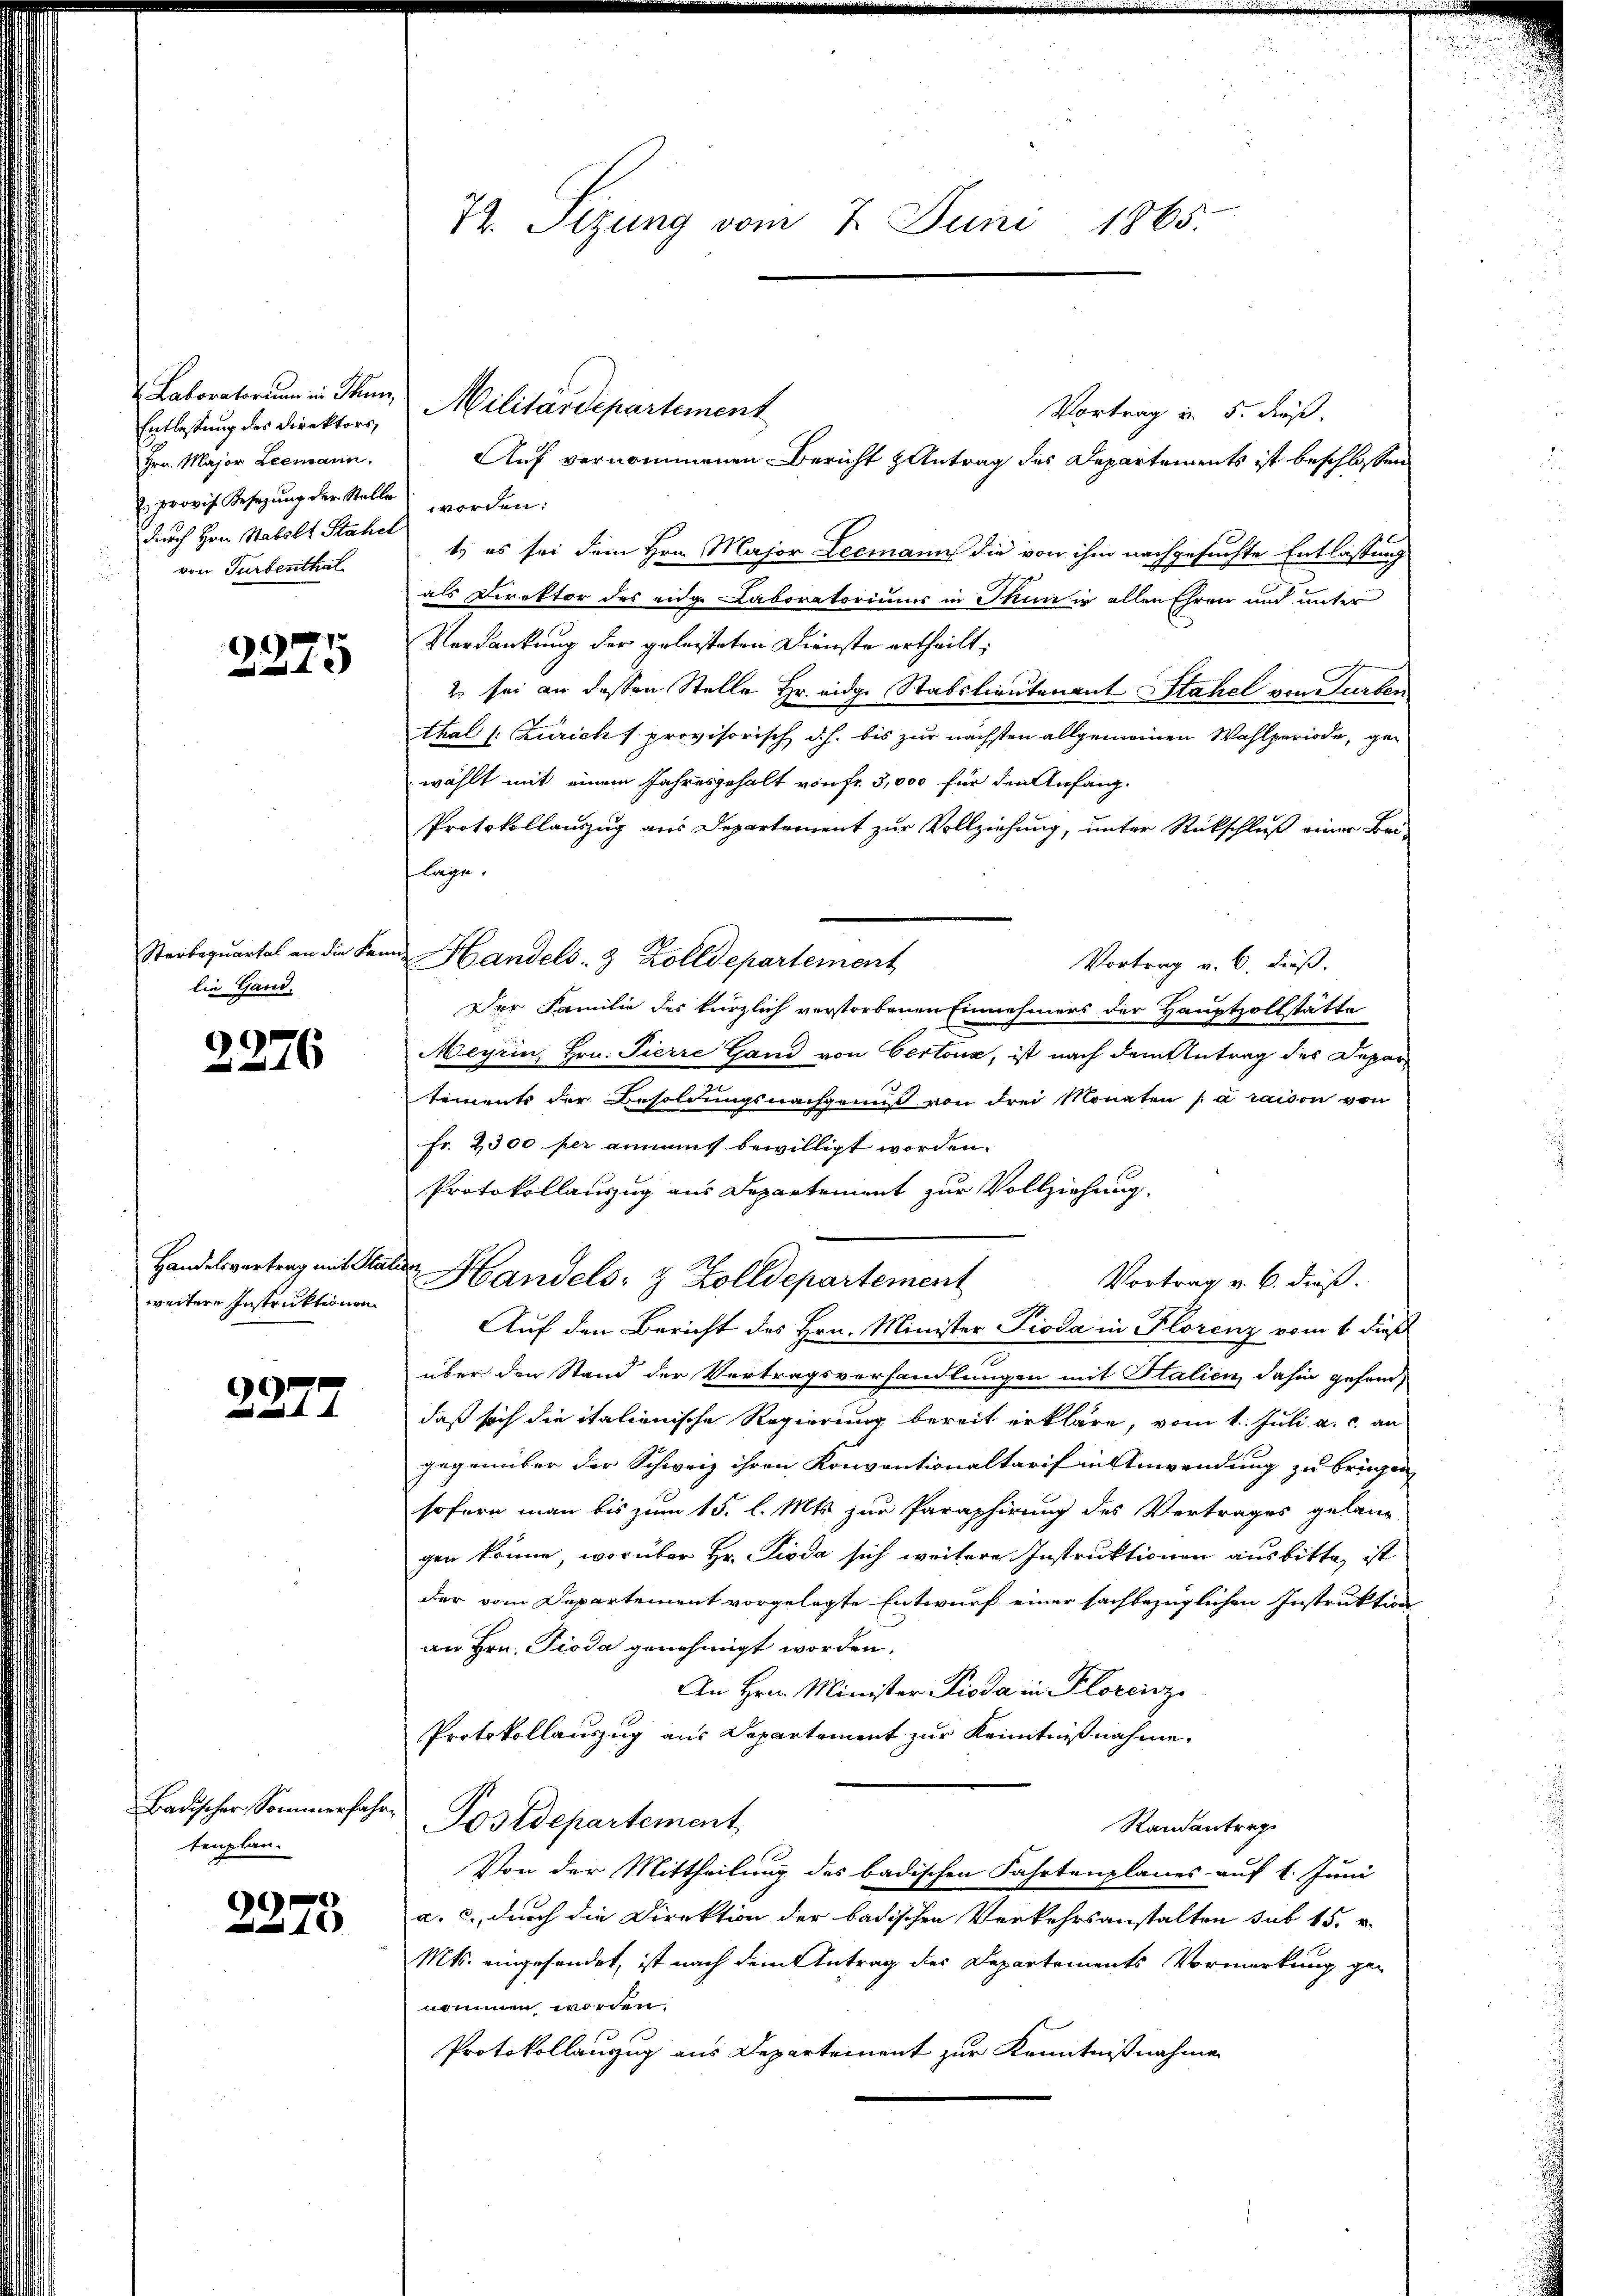
Laboratorium in Thun,
Entlassung des Direktors,
Hrn. Major Leemann.
 provis Besetzung der Stelle worden:
durch Hrn. Stabslt Stahel
von Turbenthal

1

Sterboquartal an die Kan
die Gand.

9
16

Handelsvertrag mit Star
weitere Instruktionen

G

Badischer Sommerfahr,
tenplan.

6
1

Vortrag u. 5. dieß.
t, es sei dem Hrn. Major Leemann die von ihm nachgesuchte Entlassung
als Direktor des eide Laboratoriums in Thun in allen Ehren und unter
Verdankung der geleisteten Dienste ertheilt;
2. sei an dessen Stelle Hr. eidge Stabslieutenant Stahel von Turber
thal (: Zürich f provisorisch dh. bis zur nächsten allgemeinen Wahlperiode, ge-
wählt mit einem Jahresgehalt von fr. 3,000 für den Anfang¬
Protokollauszug aus Departement zur Vollziehung, unter Rückschluß einer Bei-
lage.
Handels- & Zolldepartement
Vortrag u. 6. dieß.
Der Familie des kürzlich verstorbenen Einnehmers der Hauptzollstätte
Meyrin, Hrn. Pierre Gand von Certoux, ist nach dem Antrag des Departements der Besoldungsnachgann von drei Monaten à raison von
Fr. 2300 per anmas bewilligt worden.
Protokollauszug aus Departement zur Vollziehung.
liter
Handels- & Zolldepartement
Vortrag v. 6. dieß.
Auf den Bericht des Hrn. Minister Pioda in Florenz vom 1. dieß
über den Stand der Vertragsverhandlungen mit Stalien dahin geford
daß sich die italienische Regierung bereit erkläre, vom 1. Juli a. c. an
gegenüber der Schweiz ihren Konventionaltarif in Anwendung zu bringen,
sofern man bis zum 15. l. Mts. zur Paraphirung des Vertrages gelang
gen könne, worüber Hr. Pioda sich weitere Instruktionen ausbitte, ist
der vom Departement vorgelegte Entwurf einer sachbezüglichen Instruktion
an Hrn. Pioda genehmigt worden.
An Hrn. Minister Pioda in Florcisz
Protokollauszug aus Departement zur Kenntnißnahme.
Postdepartement
Randantrag
1
Von der Mittheilung des badischen Fahrtenplanes auf 1. Juni
a. c., durch die Direktion der badischen Verkehrsanstalten sub 15. v.
Mts. eingesandet, ist nach dem Antrag des Departements Vormerkung genommen worden.
Protokollanzug aus Departement zur Kenntnißnahmen

72. Sizung vom 7. Juni 1865.

Militärdepartement
Auf vernommenen Bericht Antrag des Departements ist beschlossen